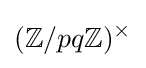
(\mathbb {Z} /pq\mathbb {Z} )^{\times }